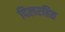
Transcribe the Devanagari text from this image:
दिलरहित